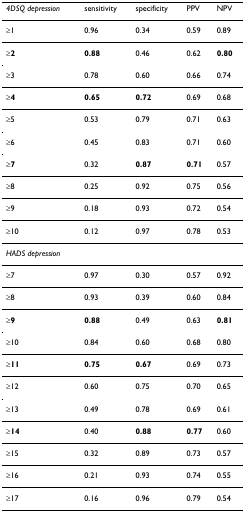
<table><thead><tr><td><b><i>4DSQ depression</i></b></td><td><b>sensitivity</b></td><td><b>specificity</b></td><td><b>PPV</b></td><td><b>NPV</b></td></tr></thead><tbody><tr><td>≥1</td><td>0.96</td><td>0.34</td><td>0.59</td><td>0.89</td></tr><tr><td><b>≥2</b></td><td><b>0.88</b></td><td>0.46</td><td>0.62</td><td><b>0.80</b></td></tr><tr><td>≥3</td><td>0.78</td><td>0.60</td><td>0.66</td><td>0.74</td></tr><tr><td><b>≥4</b></td><td><b>0.65</b></td><td><b>0.72</b></td><td>0.69</td><td>0.68</td></tr><tr><td>≥5</td><td>0.53</td><td>0.79</td><td>0.71</td><td>0.63</td></tr><tr><td>≥6</td><td>0.45</td><td>0.83</td><td>0.71</td><td>0.60</td></tr><tr><td><b>≥7</b></td><td>0.32</td><td><b>0.87</b></td><td><b>0.71</b></td><td>0.57</td></tr><tr><td>≥8</td><td>0.25</td><td>0.92</td><td>0.75</td><td>0.56</td></tr><tr><td>≥9</td><td>0.18</td><td>0.93</td><td>0.72</td><td>0.54</td></tr><tr><td>≥10</td><td>0.12</td><td>0.97</td><td>0.78</td><td>0.53</td></tr><tr><td colspan="5"><i>HADS depression</i></td></tr><tr><td>≥7</td><td>0.97</td><td>0.30</td><td>0.57</td><td>0.92</td></tr><tr><td>≥8</td><td>0.93</td><td>0.39</td><td>0.60</td><td>0.84</td></tr><tr><td><b>≥9</b></td><td><b>0.88</b></td><td>0.49</td><td>0.63</td><td><b>0.81</b></td></tr><tr><td>≥10</td><td>0.84</td><td>0.60</td><td>0.68</td><td>0.80</td></tr><tr><td>≥<b>11</b></td><td><b>0.75</b></td><td><b>0.67</b></td><td>0.69</td><td>0.73</td></tr><tr><td>≥12</td><td>0.60</td><td>0.75</td><td>0.70</td><td>0.65</td></tr><tr><td>≥13</td><td>0.49</td><td>0.78</td><td>0.69</td><td>0.61</td></tr><tr><td>≥<b>14</b></td><td>0.40</td><td><b>0.88</b></td><td><b>0.77</b></td><td>0.60</td></tr><tr><td>≥15</td><td>0.32</td><td>0.89</td><td>0.73</td><td>0.57</td></tr><tr><td>≥16</td><td>0.21</td><td>0.93</td><td>0.74</td><td>0.55</td></tr><tr><td>≥17</td><td>0.16</td><td>0.96</td><td>0.79</td><td>0.54</td></tr></tbody></table>